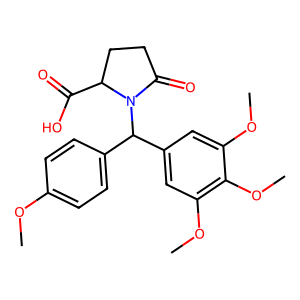
SMILES: COc1ccc(C(c2cc(OC)c(OC)c(OC)c2)N2C(=O)CCC2C(=O)O)cc1
Inhibits HIV replication: No